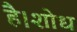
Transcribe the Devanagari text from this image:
है।शोध